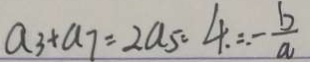
a _ { 3 } + a _ { 7 } = 2 a _ { 5 } = 4 . = - \frac { b } { a }